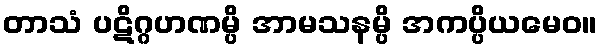
တာသံ ပဋိဂ္ဂဟဏမ္ပိ အာမသနမ္ပိ အကပ္ပိယမေဝ။